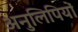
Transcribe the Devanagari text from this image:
अनुलिपियों